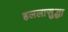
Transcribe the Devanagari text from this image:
हललासुद्धा